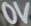
Text: 0V